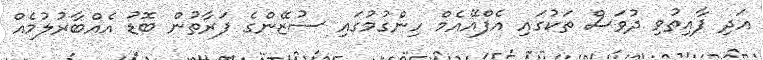
އަދި ފާއިތުވި ދުވަސް ތަކުގައި އެފްއޭއެމް ހިންގުމުގައި ސުޒޭންގެ ފަރާތުން ބޮޑު އެއްބާރުލުމެއް